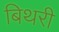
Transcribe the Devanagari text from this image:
बिथरी